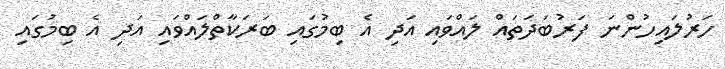
ހަރުލައިހުންނަ ފަރުބަދަތައް ލައްވައި އަދި އެ ބިމުގައި ބަރަކާތްލައްވައި އަދި އެ ބިމުގައި